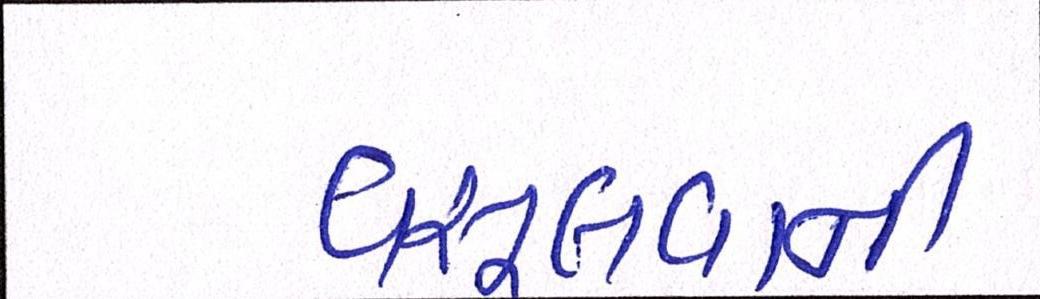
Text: વસૂલવાની